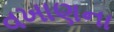
વખાણના